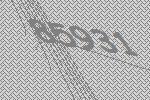
85931